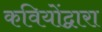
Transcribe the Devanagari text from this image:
कवियोंद्वारा